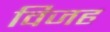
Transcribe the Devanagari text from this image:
विजह